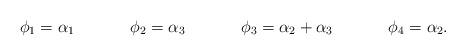
LaTeX: \begin{align*}\phi_1 &= \alpha_1 & \phi_2 &= \alpha_3 & \phi_3 &= \alpha_2 + \alpha_3 & \phi_4 &=\alpha_2.\end{align*}